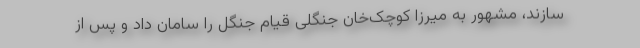
سازند، مشهور به میرزا کوچک‌خان جنگلی قیام جنگل را سامان داد و پس از